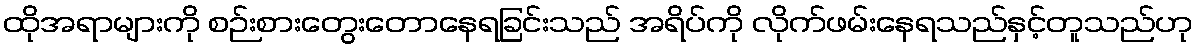
ထိုအရာများကို စဉ်းစားတွေးတောနေရခြင်းသည် အရိပ်ကို လိုက်ဖမ်းနေရသည်နှင့်တူသည်ဟု